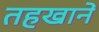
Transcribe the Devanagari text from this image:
तहखानें